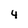
Character: 4